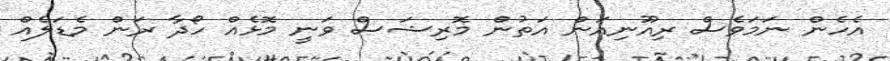
އެހެން ނަމަވެސް ރިއޫނިއަން އަތުން މޮރިޝަސް ވަނީ މޮޅެއް ހޯދާ ރަން މެޑަލެއް